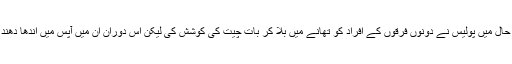
ان کا کہنا تھا ’اس صورت حال میں پولیس نے دونوں فرقوں کے افراد کو تھانے میں بلا کر بات چیت کی کوشش کی لیکن اس دوران ان میں آپس میں اندھا دھند گولیاں چلنی شروع ہوگئیں۔